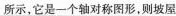
所示，它是一个轴对称图形，则坡屋